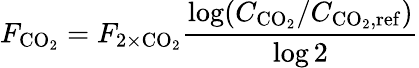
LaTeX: F_{\mathrm{CO}_{2}}=F_{2\times\mathrm{CO}_{2}}\frac{\log(C_{\mathrm{CO}_{2}}/C_{\mathrm{CO}_{2},\mathrm{ref}})}{\log 2}